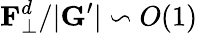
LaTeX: \mathbf{F}_{\bot}^{d}/|\mathbf{G}^{\prime}|\backsim\textit{O}(1)